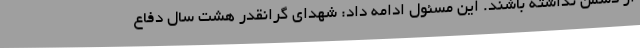
از دشمن نداشته باشند. این مسئول ادامه داد: شهدای گرانقدر هشت سال دفاع